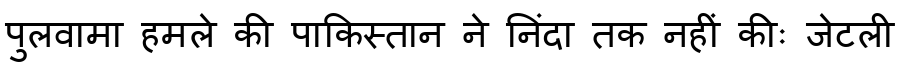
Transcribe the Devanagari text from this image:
पुलवामा हमले की पाकिस्तान ने निंदा तक नहीं कीः जेटली